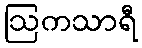
ဩကသာရီ